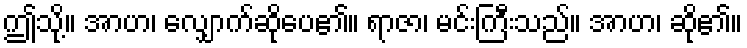
ဤသို့။ အာဟ၊ လျှောက်ဆိုပေ၏။ ရာဇာ၊ မင်းကြီးသည်။ အာဟ၊ ဆို၏။